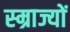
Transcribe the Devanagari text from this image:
स्म्राज्यों